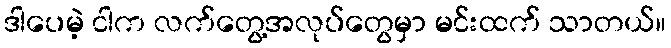
ဒါပေမဲ့ ငါက လက်တွေ့အလုပ်တွေမှာ မင်းထက် သာတယ်။